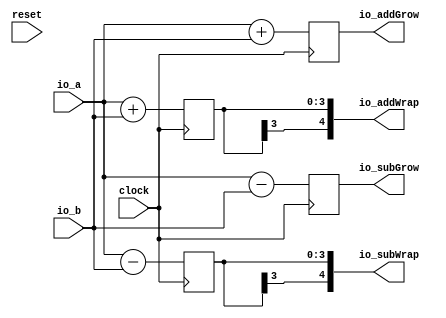
module OverflowTypeCircuit(
  input        clock,
  input        reset,
  input  [3:0] io_a,
  input  [3:0] io_b,
  output [4:0] io_addWrap,
  output [4:0] io_addGrow,
  output [4:0] io_subWrap,
  output [4:0] io_subGrow
);
`ifdef RANDOMIZE_REG_INIT
  reg [31:0] _RAND_0;
  reg [31:0] _RAND_1;
  reg [31:0] _RAND_2;
  reg [31:0] _RAND_3;
`endif // RANDOMIZE_REG_INIT
  reg [3:0] regAddWrap; // @[NumbersSpec.scala 194:27]
  reg [4:0] regAddGrow; // @[NumbersSpec.scala 195:27]
  reg [3:0] regSubWrap; // @[NumbersSpec.scala 197:27]
  reg [4:0] regSubGrow; // @[NumbersSpec.scala 198:27]
  assign io_addWrap = {{1{regAddWrap[3]}},regAddWrap}; // @[NumbersSpec.scala 201:14]
  assign io_addGrow = regAddGrow; // @[NumbersSpec.scala 202:14]
  assign io_subWrap = {{1{regSubWrap[3]}},regSubWrap}; // @[NumbersSpec.scala 203:14]
  assign io_subGrow = regSubGrow; // @[NumbersSpec.scala 204:14]
  always @(posedge clock) begin
    regAddWrap <= $signed(io_a) + $signed(io_b); // @[SIntTypeClass.scala 23:22]
    regAddGrow <= $signed(io_a) + $signed(io_b); // @[SIntTypeClass.scala 22:22]
    regSubWrap <= $signed(io_a) - $signed(io_b); // @[SIntTypeClass.scala 32:22]
    regSubGrow <= $signed(io_a) - $signed(io_b); // @[SIntTypeClass.scala 31:22]
  end
// Register and memory initialization
`ifdef RANDOMIZE_GARBAGE_ASSIGN
`define RANDOMIZE
`endif
`ifdef RANDOMIZE_INVALID_ASSIGN
`define RANDOMIZE
`endif
`ifdef RANDOMIZE_REG_INIT
`define RANDOMIZE
`endif
`ifdef RANDOMIZE_MEM_INIT
`define RANDOMIZE
`endif
`ifndef RANDOM
`define RANDOM $random
`endif
`ifdef RANDOMIZE_MEM_INIT
  integer initvar;
`endif
`ifndef SYNTHESIS
`ifdef FIRRTL_BEFORE_INITIAL
`FIRRTL_BEFORE_INITIAL
`endif
initial begin
  `ifdef RANDOMIZE
    `ifdef INIT_RANDOM
      `INIT_RANDOM
    `endif
    `ifndef VERILATOR
      `ifdef RANDOMIZE_DELAY
        #`RANDOMIZE_DELAY begin end
      `else
        #0.002 begin end
      `endif
    `endif
`ifdef RANDOMIZE_REG_INIT
  _RAND_0 = {1{`RANDOM}};
  regAddWrap = _RAND_0[3:0];
  _RAND_1 = {1{`RANDOM}};
  regAddGrow = _RAND_1[4:0];
  _RAND_2 = {1{`RANDOM}};
  regSubWrap = _RAND_2[3:0];
  _RAND_3 = {1{`RANDOM}};
  regSubGrow = _RAND_3[4:0];
`endif // RANDOMIZE_REG_INIT
  `endif // RANDOMIZE
end // initial
`ifdef FIRRTL_AFTER_INITIAL
`FIRRTL_AFTER_INITIAL
`endif
`endif // SYNTHESIS
endmodule